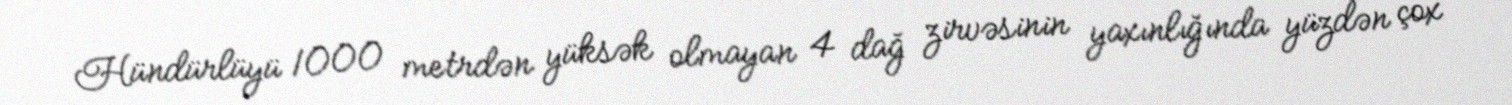
Hündürlüyü 1000 metrdən yüksək olmayan 4 dağ zirvəsinin yaxınlığında yüzdən çox